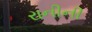
રાનીની